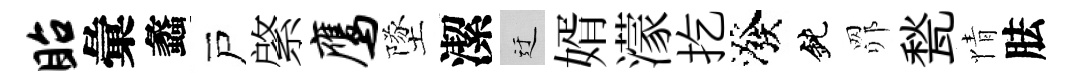
眙彙蠡戸綮鹰墜潔迂婿濛扢潑鈍𦊑甃情胠